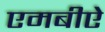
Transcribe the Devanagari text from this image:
एमबीऐ